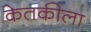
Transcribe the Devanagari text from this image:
केतकीला